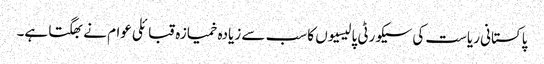
پاکستانی ریاست کی سیکورٹی پالیسیوں کا سب سے زیادہ خمیازہ قبائلی عوام نے بھگتا ہے۔